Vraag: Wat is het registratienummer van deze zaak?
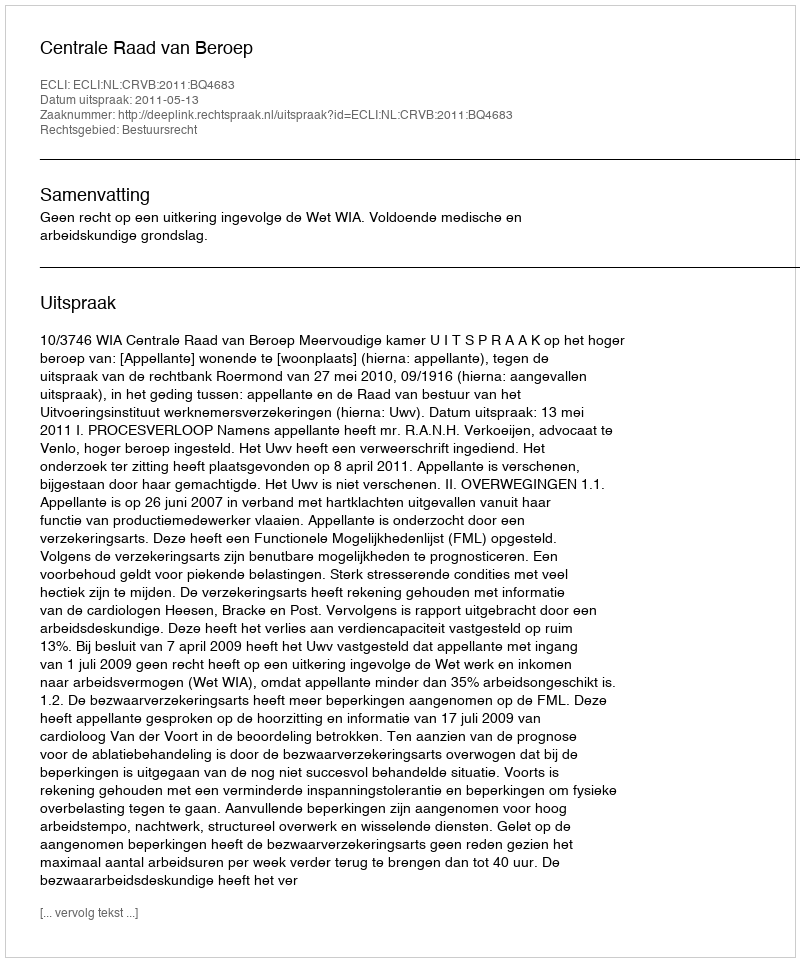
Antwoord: http://deeplink.rechtspraak.nl/uitspraak?id=ECLI:NL:CRVB:2011:BQ4683